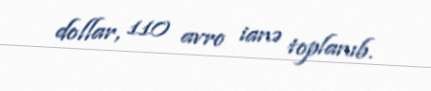
dollar, 110 avro ianə toplanıb.